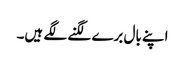
اپنے بال برے لگنے لگے ہیں۔